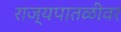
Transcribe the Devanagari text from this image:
राज्यपातळीवर